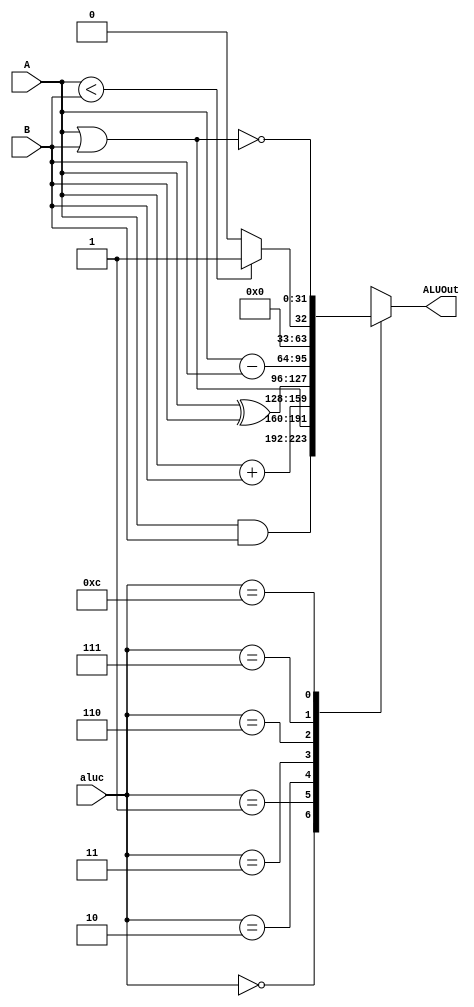
`timescale 1ns / 1ps
//////////////////////////////////////////////////////////////////////////////////
// Company: Pennsylvania State University
// 
// Design Name: 
// Module Name: ALU
// Project Name: 
// Target Devices: 
// Tool Versions: 
// Description: 
// 
// Dependencies: 
// 
// Revision:
// Revision 0.01 - File Created
// Additional Comments:
// 
//////////////////////////////////////////////////////////////////////////////////


module ALU(A, B, aluc, ALUOut);
    input [31:0] A, B;
    input [3:0] aluc;
    output reg [31:0] ALUOut;
    
    always @(A, B, aluc)
    begin
        case (aluc)
            'd0: ALUOut[31:0] <= A&B; //and
            'd1: ALUOut[31:0] <= A|B; //or
            'd2: ALUOut[31:0] <= A+B; //add
            'd3: ALUOut[31:0] <= A^B; //xor
            'd6: ALUOut[31:0] <= A-B; //sub
            'd7: ALUOut[31:0] <= A<B?1:0; //set if less than
            'd12: ALUOut[31:0] <= ~(A|B);  //nor
            default ALUOut <= 'bX; //from the lecture slides
        endcase
    end
endmodule